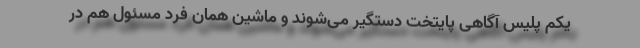
یکم پلیس آگاهی پایتخت دستگیر می‌شوند و ماشین همان فرد مسئول هم در